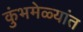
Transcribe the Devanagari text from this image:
कुंभमेळ्यांत